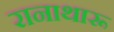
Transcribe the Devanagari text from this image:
रानाथारू